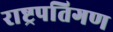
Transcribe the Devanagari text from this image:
राष्ट्रपतिगण